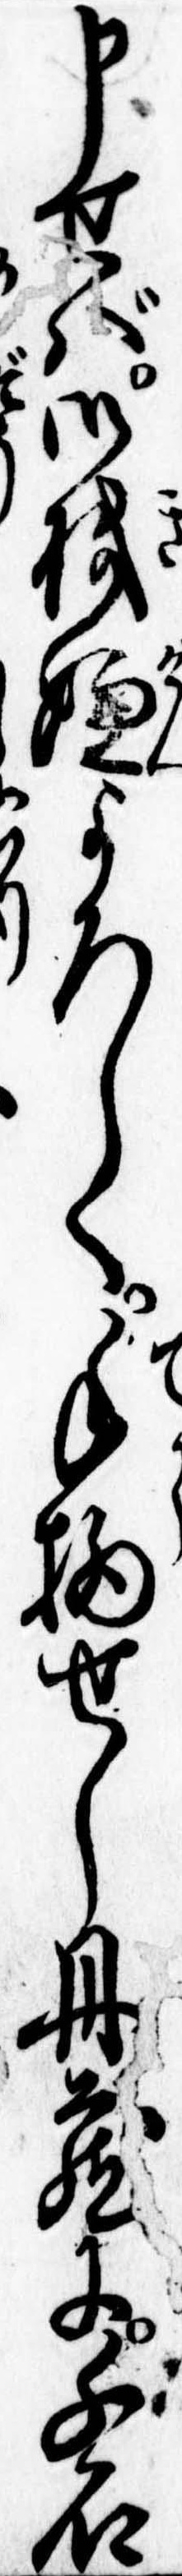
申せばご機嫌よろしく手柄せし丹蔵に千石